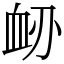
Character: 䘐